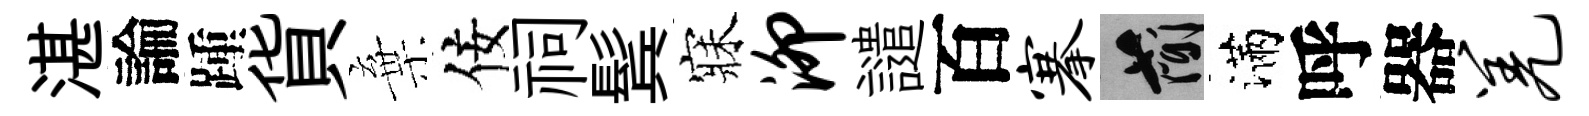
湛論踵貨棄佞祠鬂寐泖譴百搴簡滿呼器羌